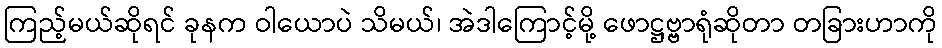
ကြည့်မယ်ဆိုရင် ခုနက ဝါယောပဲ သိမယ်၊ အဲဒါကြောင့်မို့ ဖောဋ္ဌဗ္ဗာရုံဆိုတာ တခြားဟာကို